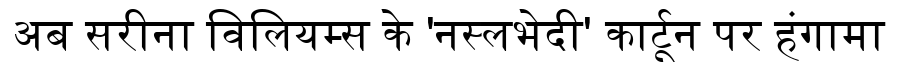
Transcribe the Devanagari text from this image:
अब सरीना विलियम्स के 'नस्लभेदी' कार्टून पर हंगामा